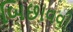
બિછાવવી